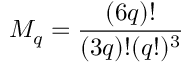
M _ { q } = { \frac { ( 6 q ) ! } { ( 3 q ) ! ( q ! ) ^ { 3 } } }